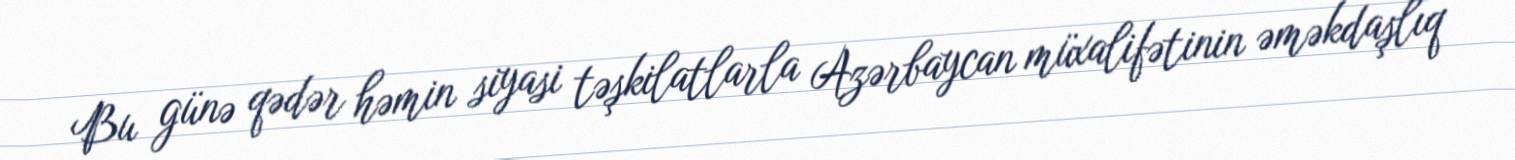
Bu günə qədər həmin siyasi təşkilatlarla Azərbaycan müxalifətinin əməkdaşlıq